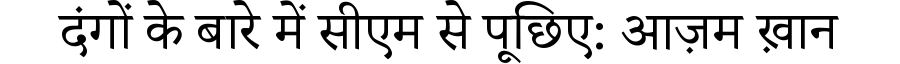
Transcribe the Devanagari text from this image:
दंगों के बारे में सीएम से पूछिए: आज़म ख़ान